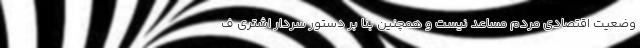
وضعیت اقتصادی مردم مساعد نیست و همچنین بنا بر دستور سردار اشتری ف